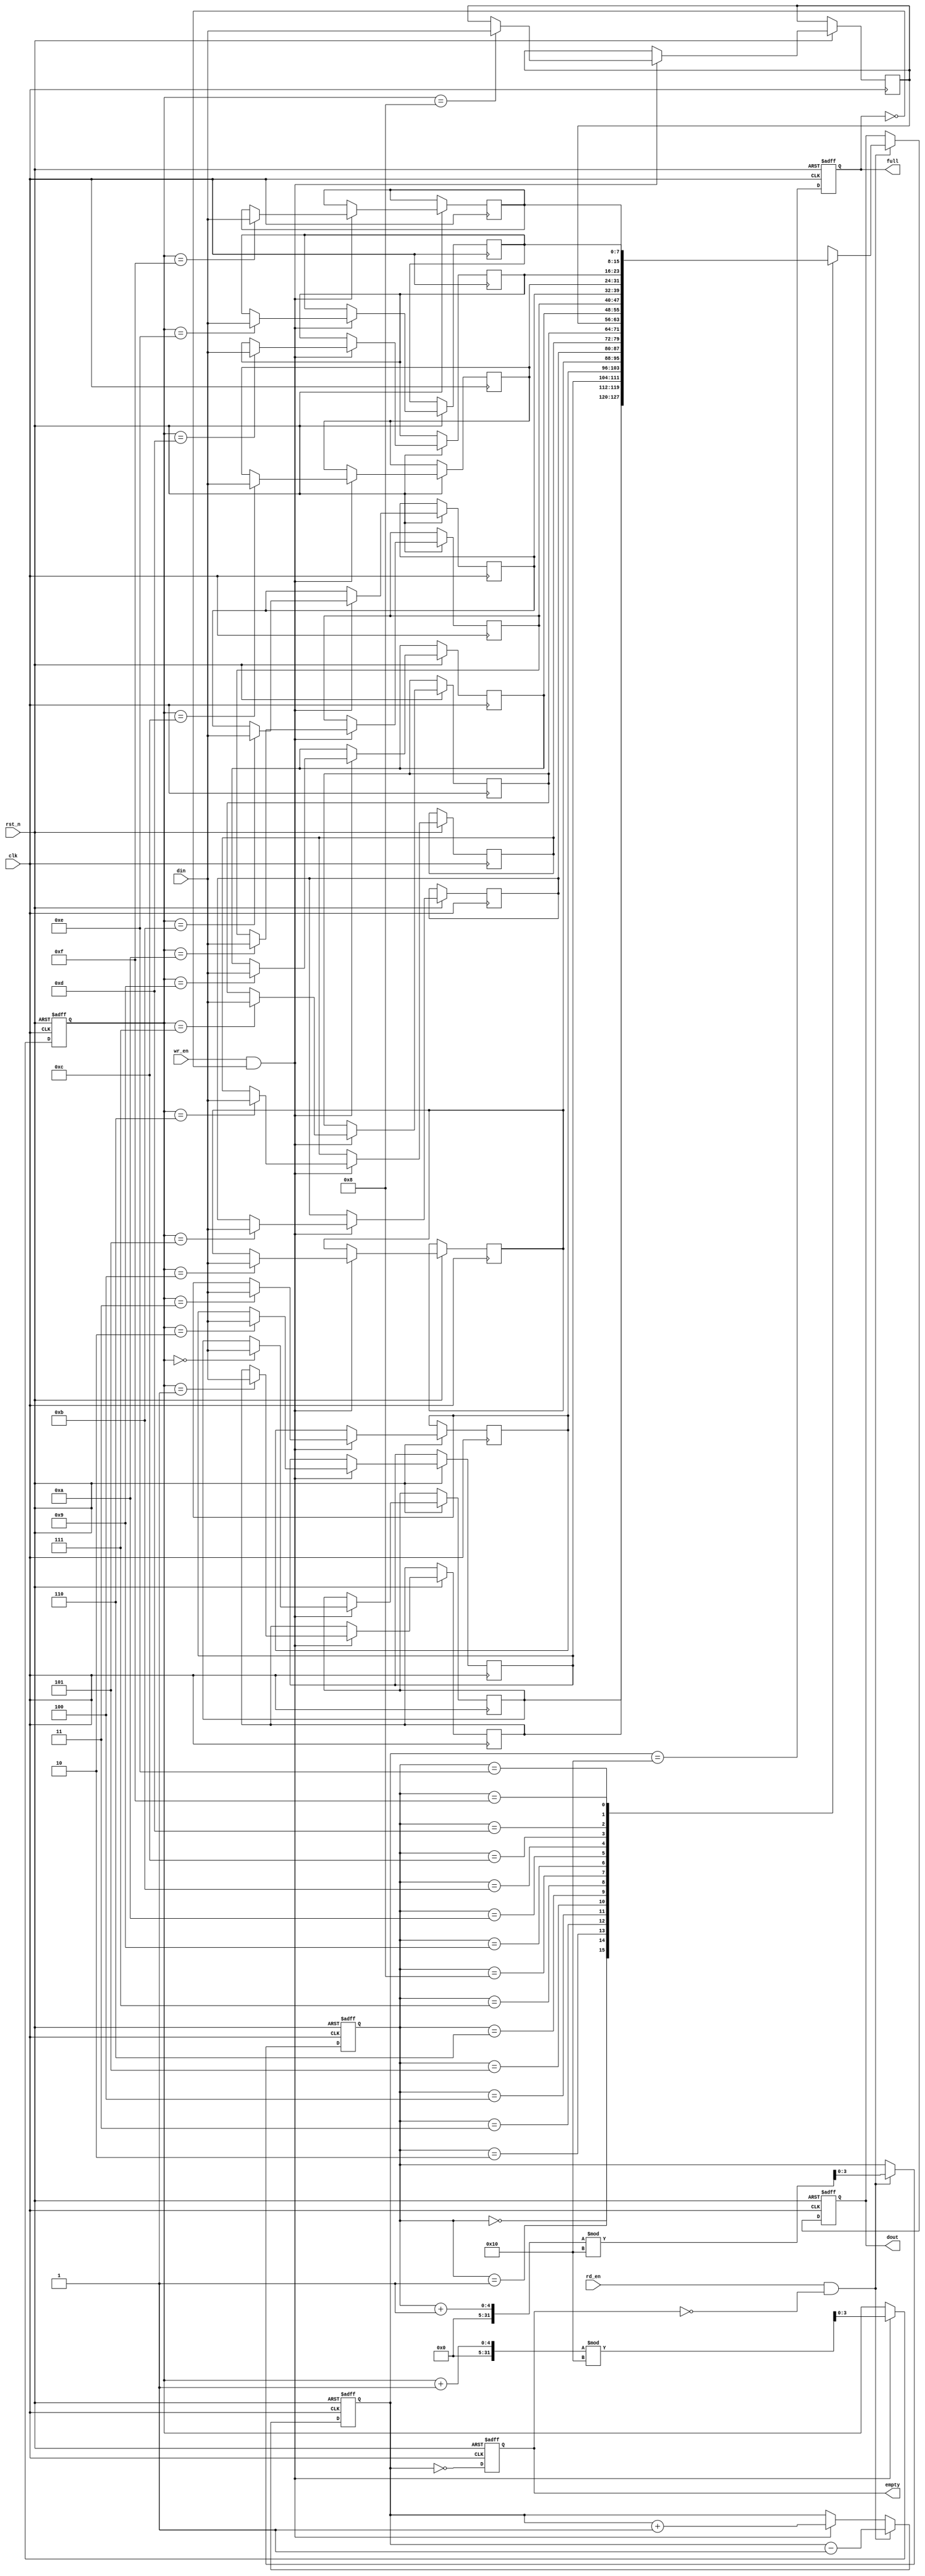
module fifo_sram #(
    parameter DEPTH = 16,      // Depth of FIFO (number of entries)
    parameter WIDTH = 8        // Width of each entry (data size)
)(
    input wire clk,            // Clock signal
    input wire rst_n,          // Asynchronous reset (active low)
    input wire wr_en,          // Write enable
    input wire rd_en,          // Read enable
    input wire [WIDTH-1:0] din,// Data input
    output reg [WIDTH-1:0] dout,// Data output
    output reg full,           // FIFO full flag
    output reg empty           // FIFO empty flag
);

    reg [WIDTH-1:0] mem [0:DEPTH-1]; // Memory array
    reg [$clog2(DEPTH)-1:0] wr_ptr;   // Write pointer
    reg [$clog2(DEPTH)-1:0] rd_ptr;   // Read pointer
    reg [$clog2(DEPTH):0] count;       // Count of entries in FIFO

    // Asynchronous reset
    always @(posedge clk or negedge rst_n) begin
        if (!rst_n) begin
            wr_ptr <= 0;
            rd_ptr <= 0;
            count <= 0;
            full <= 0;
            empty <= 1;
            dout <= 0;
        end else begin
            // Write operation
            if (wr_en && !full) begin
                mem[wr_ptr] <= din;
                wr_ptr <= (wr_ptr + 1) % DEPTH;
                count <= count + 1;
            end

            // Read operation
            if (rd_en && !empty) begin
                dout <= mem[rd_ptr];
                rd_ptr <= (rd_ptr + 1) % DEPTH;
                count <= count - 1;
            end

            // Update full and empty flags
            full <= (count == DEPTH);
            empty <= (count == 0);
        end
    end

endmodule